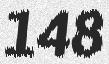
148